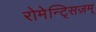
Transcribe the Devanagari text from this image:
रोमेन्ट्सिज़म्